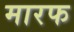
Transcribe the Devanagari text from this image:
मारफ